Report of the Bombay Veterinary College
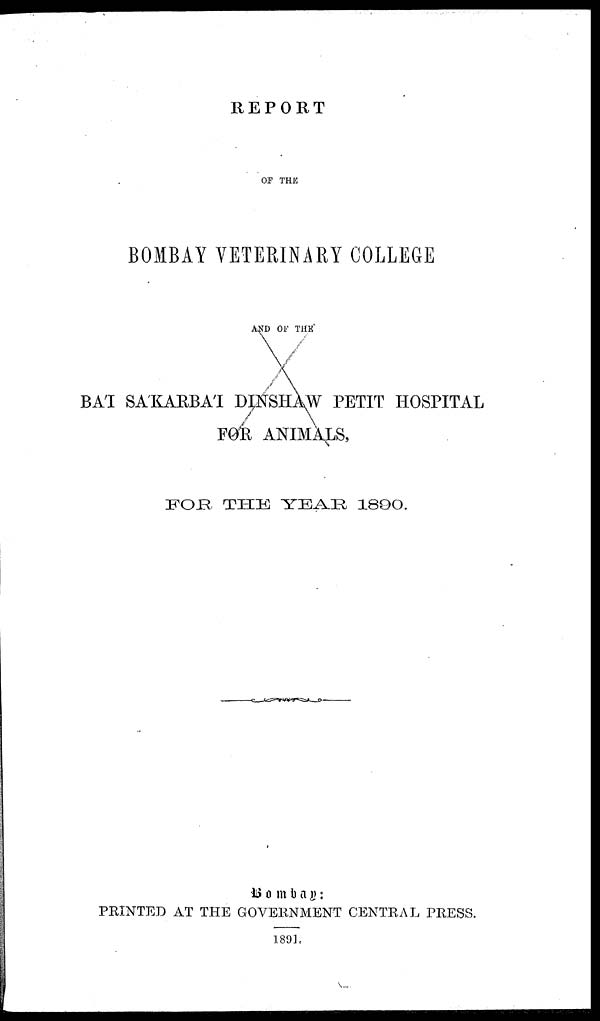
REPORT
OF THE
BOMBAY VETERINARY COLLEGE
AND OF THE
BA'I SA'KARBA'I DINSHAW PETIT HOSPITAL
FOR ANIMALS,
FOR
THE
YEAR
1890.
Bombay :
PRINTED AT THE GOVERNMENT CENTRAL PRESS.
1891.